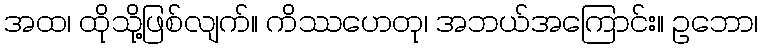
အထ၊ ထိုသို့ဖြစ်လျက်။ ကိဿဟေတု၊ အဘယ်အကြောင်း။ ဥဘော၊